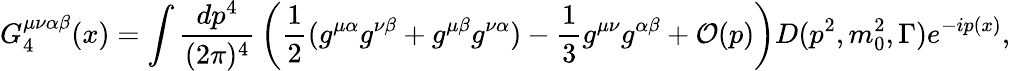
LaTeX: G_{4}^{\mu\nu\alpha\beta}(x)=\int{\frac{dp^{4}}{(2\pi)^{4}}}\left({\frac{1}{2}}(g^{\mu\alpha}g^{\nu\beta}+g^{\mu\beta}g^{\nu\alpha})-{\frac{1}{3}}g^{\mu\nu}g^{\alpha\beta}+{\cal O}(p)\right)D(p^{2},m_{0}^{2},\Gamma)e^{-ip(x)},